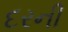
દરની